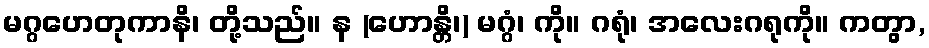
မဂ္ဂဟေတုကာနိ၊ တို့သည်။ န (ဟောန္တိ၊) မဂ္ဂံ၊ ကို။ ဂရုံ၊ အလေးဂရုကို။ ကတွာ,